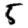
Digit: 5